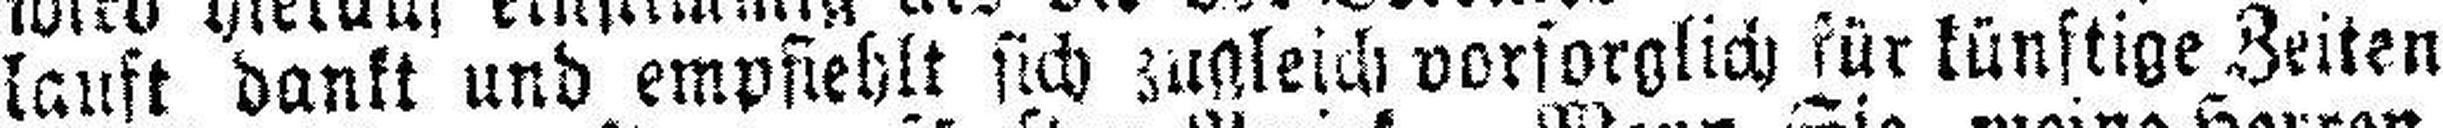
lauft dankt und empfiehlt sich zugleich vorsorglich für künftige Zeiten